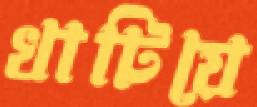
খাটিয়ে